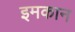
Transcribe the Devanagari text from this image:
इमकान